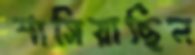
শাসিয়াছিল